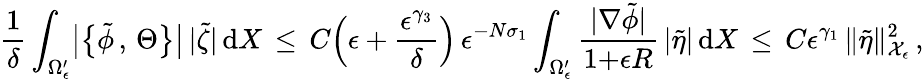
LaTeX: \frac{1}{\delta}\int_{\Omega_{\epsilon}^{\prime}}\bigl|\bigl\{ \tilde{\phi}\, ,\, \Theta\bigr\} \bigr|\, |\tilde{\zeta}|\, \mathrm{d}X\, \le\, C\Bigl(\epsilon+\frac{\epsilon^{\gamma_{3}}}{\delta}\Bigr)\, \epsilon^{-N\sigma_{1}}\int_{\Omega_{\epsilon}^{\prime}}\frac{|\nabla\tilde{\phi}|}{1{+}\epsilon R}\, |\tilde{\eta}|\, \mathrm{d}X\, \le\, C\epsilon^{\gamma_{1}}\, \| \tilde{\eta}\| _{\mathcal{X}_{\epsilon}}^{2}\, ,